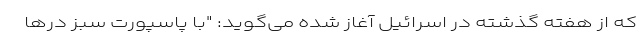
که از هفته گذشته در اسرائیل آغاز شده می‌گوید: "با پاسپورت سبز درها